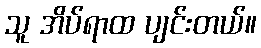
သူ အိပ်ရာထ ပျင်းတယ်။